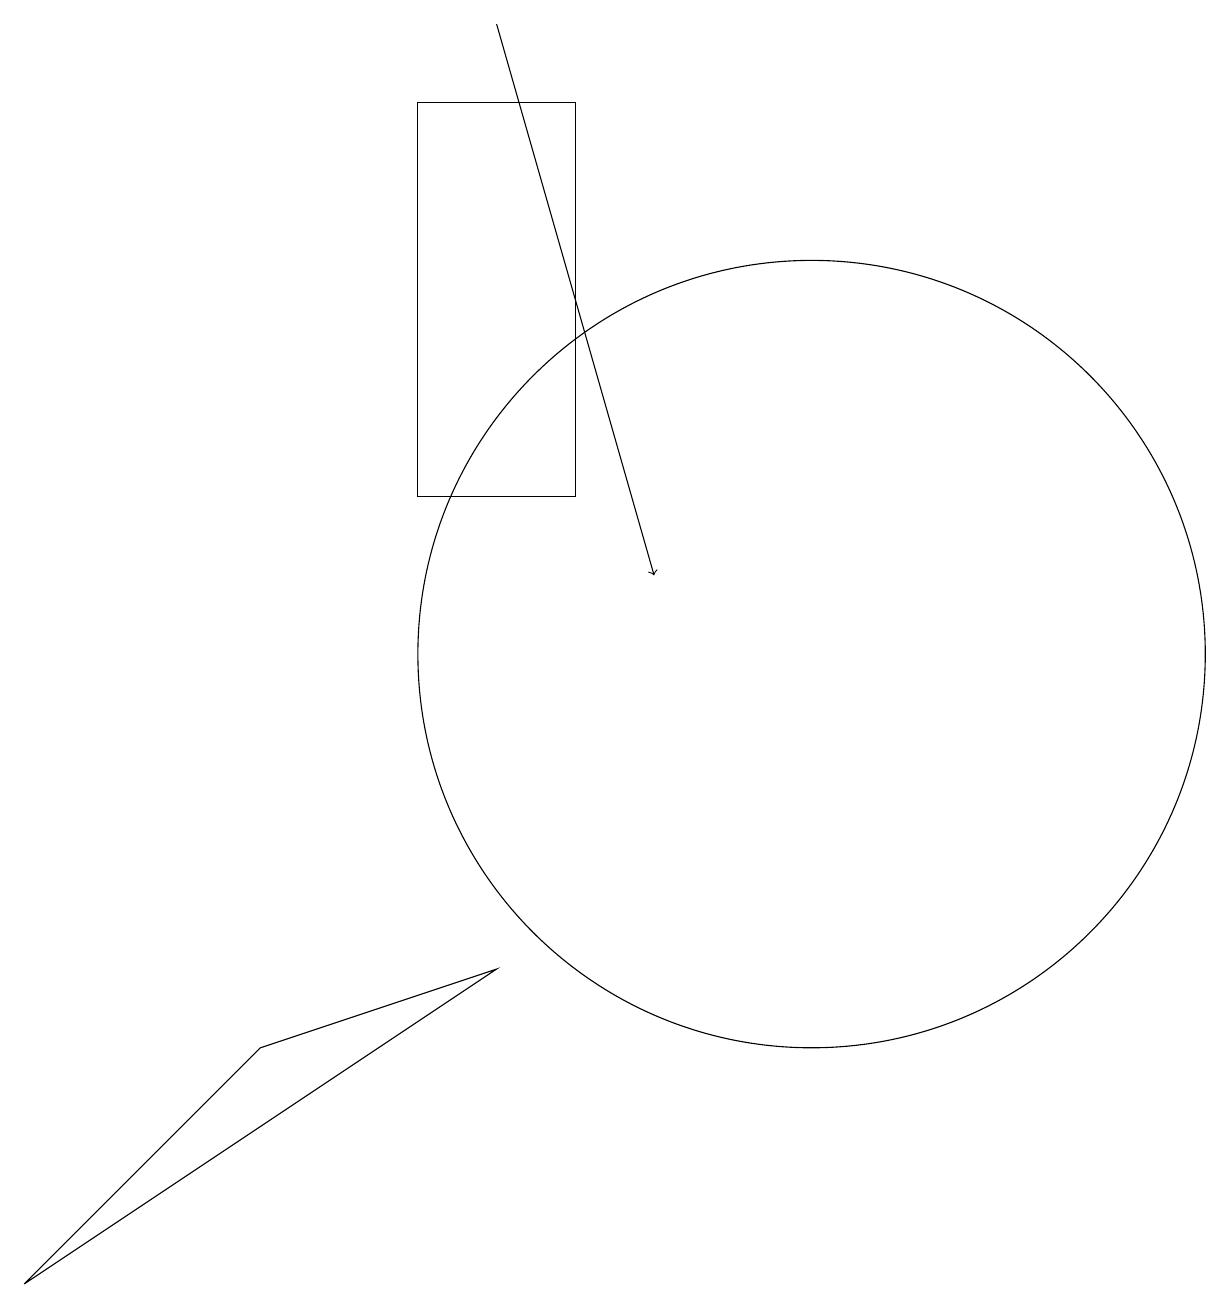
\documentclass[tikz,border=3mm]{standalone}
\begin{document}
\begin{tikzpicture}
\draw (6,6) -- (0,2) -- (3,5) -- cycle;
\draw (10,10) circle (5);
\draw[->] (6,18) -- (8,11);
\draw (5,12) rectangle (7,17);
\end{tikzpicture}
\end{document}